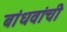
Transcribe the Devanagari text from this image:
बांधवांचीे